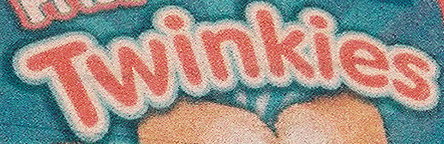
Twinkies